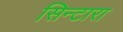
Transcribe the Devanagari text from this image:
सिन्टारा